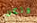
ولكن